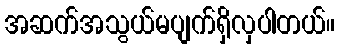
အဆက်အသွယ်မပျက်ရှိလှပါတယ်။